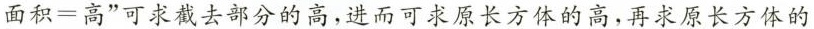
面积=高$$”可求截去部分的高，进而可求原长方体的高，再求原长方体的